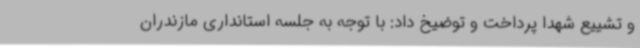
و تشییع شهدا پرداخت و توضیخ داد: با توجه به جلسه استانداری مازندران